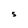
Character: S